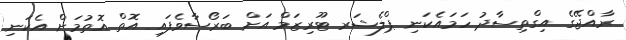
ރާއްޖޭގެ އިގްތިސާދު ހަމައެކަނި ޕްލެޝަރ ޓޫރިޒަމް އަށް ބަރޯސާވެފައި އޮތް އޮތުމަށް އެކަނި